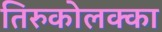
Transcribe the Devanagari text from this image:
तिरुकोलक्का